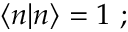
\langle n | n \rangle = 1 \ ;